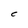
Character: C